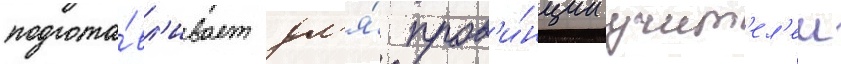
подгота́вл'ивает дл'я́ пров'и́нции учит'ел'еи